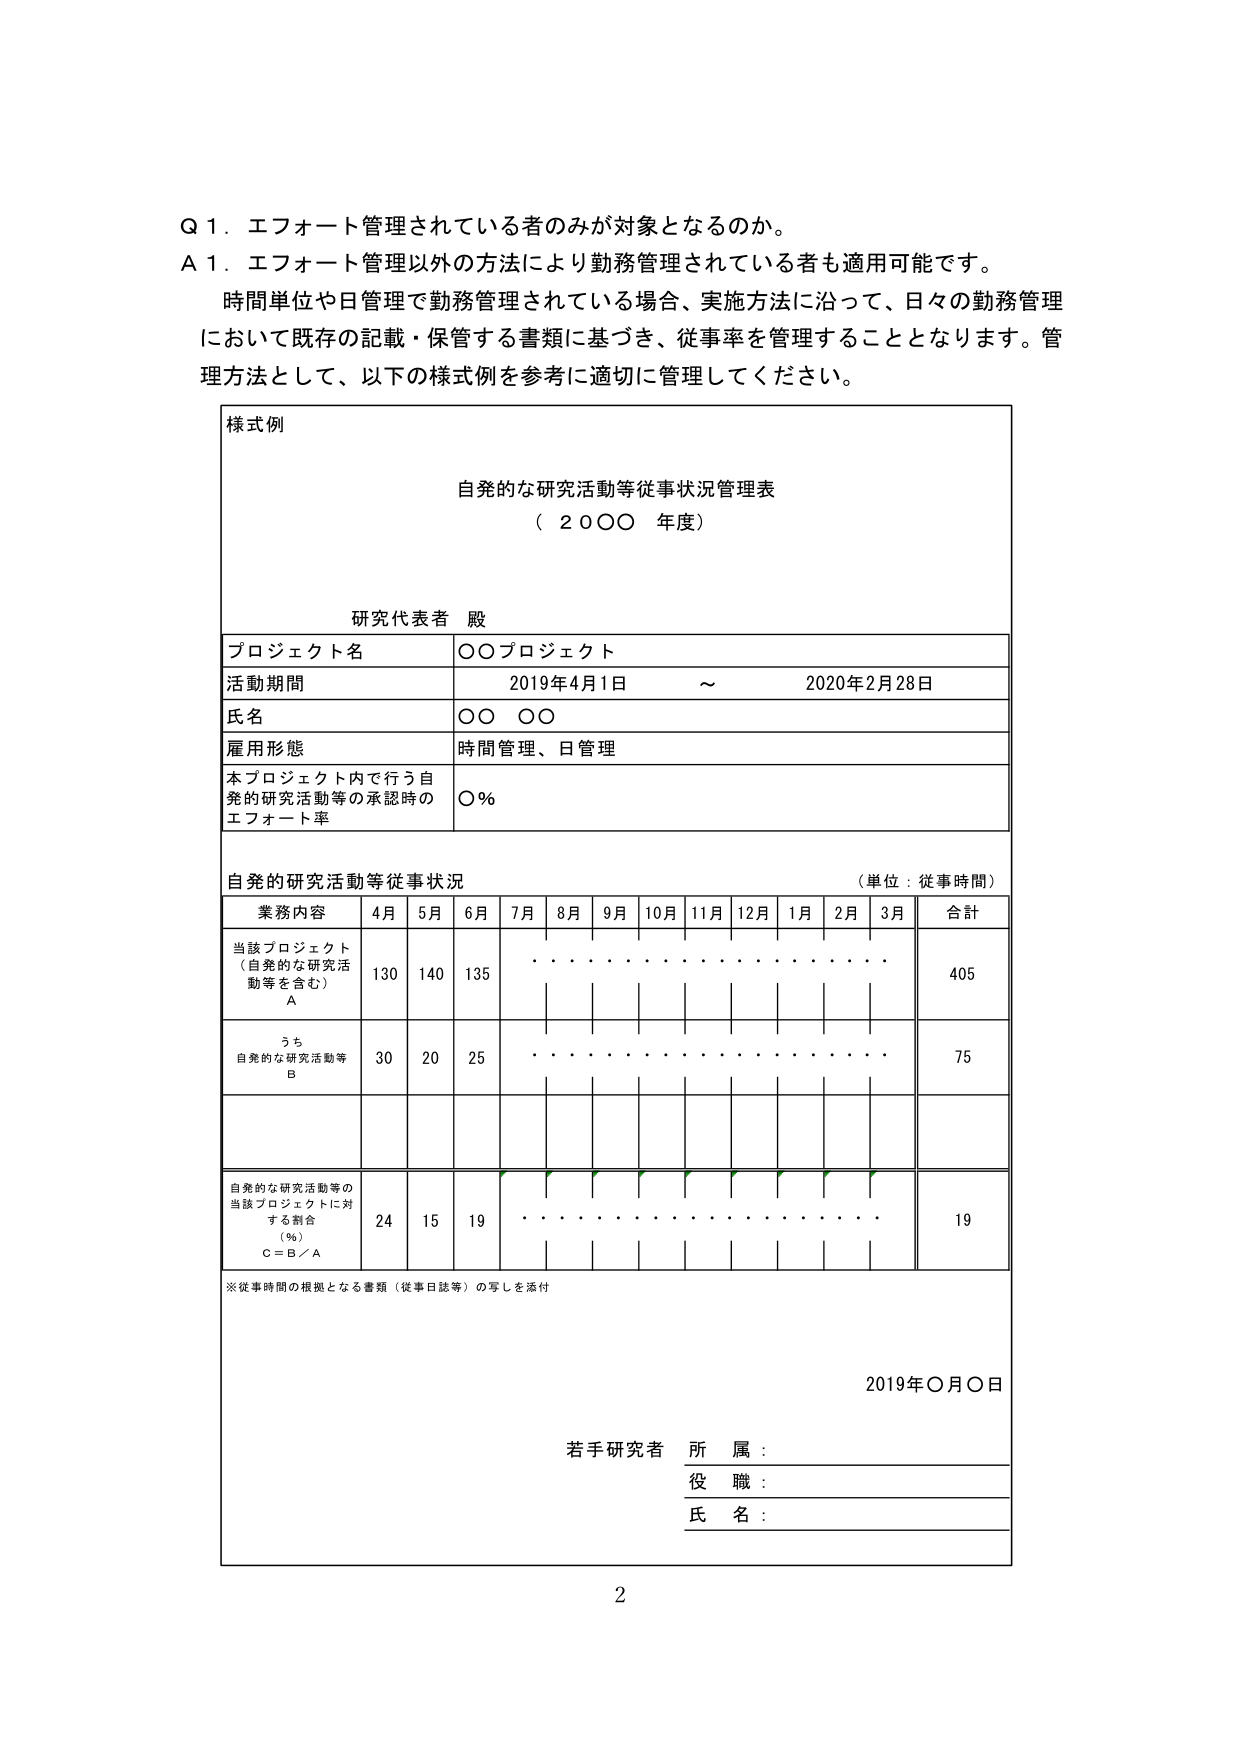
Q 1. エフォート管理されている者のみが対象となるのか。
A 1. エフォート管理以外の方法により勤務管理されている者も適用可能です。
　　時間単位や日管理で勤務管理されている場合、実施方法に沿って、日々の勤務管理
　　において既存の記載・保管する書類に基づき、従事率を管理することとなります。管理
　　方法として、以下の様式例を参考に適切に管理してください。

様式例
　　自発的な研究活動等従事状況管理表
　　（２０○○ 年度）

　　研究代表者 殿

　　プロジェクト名　　　　　○○プロジェクト
　　活動期間　　　　　　　　2019年4月1日 ～ 2020年2月28日
　　氏名　　　　　　　　　　○○ ○○
　　雇用形態　　　　　　　　時間管理、日管理
　　本プロジェクト内で行う自発的研究活動等の承認時のエフォート率　○％

　　自発的研究活動等従事状況　　　　　　　　　　　　　　（単位：従事時間）

　　　業務内容　　　4月　5月　6月　7月　8月　9月　10月　11月　12月　1月　2月　3月　合計
　　当該プロジェクト（自発的な研究活動等を含む）A　　　130　140　135　・・・・・・・・・・・・　405
　　うち自発的な研究活動等 B　　　　　　　　　　　　　　30　　20　　25　・・・・・・・・・・・・　75
　　自発的な研究活動等の当該プロジェクトに対する割合（％）C＝B／A　　　24　　15　　19　・・・・・・・・・・・・　19

　　※従事時間の根拠となる書類（従事日誌等）の写しを添付

　　2019年○月○日

　　若手研究者　所属：
　　　　　　　　役職：
　　　　　　　　氏名：

　　2